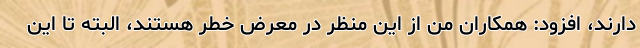
دارند، افزود: همکاران من از این منظر در معرض خطر هستند، البته تا این